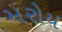
મરોય